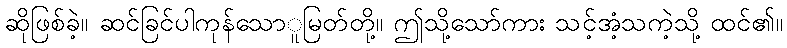
ဆိုဖြစ်ခဲ့။ ဆင်ခြင်ပါကုန်သောူမြတ်တို့။ ဤသို့သော်ကား သင့်အံ့သကဲ့သို့ ထင်၏။